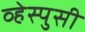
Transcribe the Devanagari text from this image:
व्हेस्पुसी